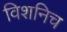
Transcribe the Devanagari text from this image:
विशनिच